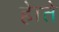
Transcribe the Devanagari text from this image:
हेाते